system: You are a helpful assistant.
user:
Analyze the provided spectrum to determine if it is a **S-type Star**.

- **Key Indicators for S-type Star:**

    - **(Overall Spectrum Shape):** The first and most obvious characteristic is the overall continuum (the "baseline" shape). It is **extremely "red-sloping,"** meaning the flux (light intensity) is very low on the left side (blue, ~4000-4500 Å) and rises steeply and continuously toward the right side (red, ~7000 Å+).

    - **(Primary):** The spectrum is defined by the presence of strong, broad molecular absorption "valleys" (bands) from **Zirconium Oxide (ZrO)**. The identification of these bands is the **primary requirement** for classifying a star as S-type.
        - **(Key Bandheads):** You must find distinct, deep "dips" where the light has been absorbed. The most critical band systems to locate are:
            - **~6474 Å** ($\gamma$-system): This is often the strongest and clearest ZrO feature, found in the red part of the spectrum.
            - **~5718 Å** & **~5551 Å** ($\beta$-system): A pair of prominent absorption features in the yellow-orange part of the spectrum.
            - **~4640 Å** ($\alpha$-system): A key absorption band system in the blue-green region of the spectrum.

    - **(Secondary Confirmation):** The classification is strengthened by finding additional absorption bands from other related heavy element oxides, which are expected to be present alongside ZrO.
        - **(Key Bandheads):**
            - **Yttrium Oxide (YO):** Look for absorption dips near **~4800 Å** and **~6100 Å**.
            - **Lanthanum Oxide (LaO):** Additional absorption features, particularly in the red-orange part of the spectrum, are also characteristic.

    - **(Line Profile):** The combination of the steep red continuum and these numerous, deep molecular bands (ZrO, YO, etc.) gives the entire spectrum a very **"chopped-up"** or **"bumpy"** appearance. Instead of a smooth curve, the spectrum looks as though large, wide chunks of light have been "carved out" of it at the specific wavelengths listed above.

Think first, call **spectral_visualization_tool** if needed to examine features in detail, then provide your final answer. Your response must adhere to the following strict rules:
1.  **Overall Structure:** Your response must follow the format `<think>...</think> <tool_call>...</tool_call> (if a tool is used) <answer>...</answer>`.
2.  **Tool Usage Constraint:** You may only make **one** tool call per turn.
3.  **Final Answer Format:** In the `<answer>` tag, your conclusion must be inside a `\boxed{}` command (e.g., `\boxed{YES}` or `\boxed{NO}`), followed by your justification.

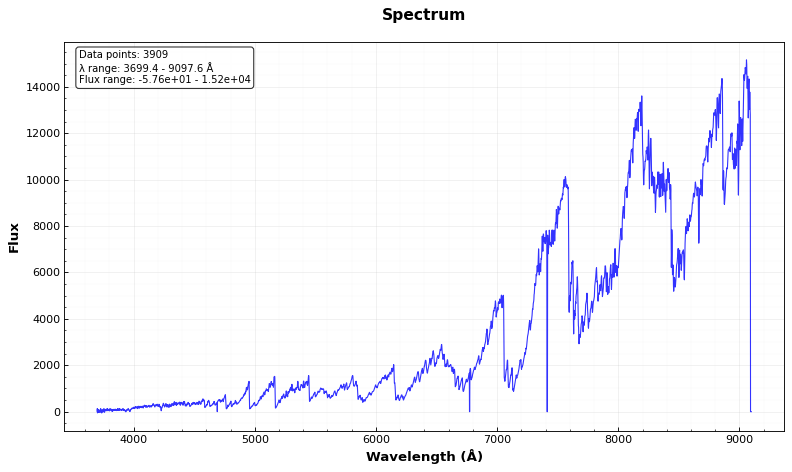
Answer: YES